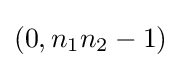
(0,n_{1}n_{2}-1)